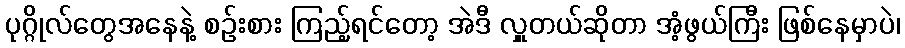
ပုဂ္ဂိုလ်တွေအနေနဲ့ စဉ်းစား ကြည့်ရင်တော့ အဲဒီ လှူတယ်ဆိုတာ အံ့ဖွယ်ကြီး ဖြစ်နေမှာပဲ၊